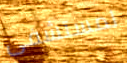
لمستشفى